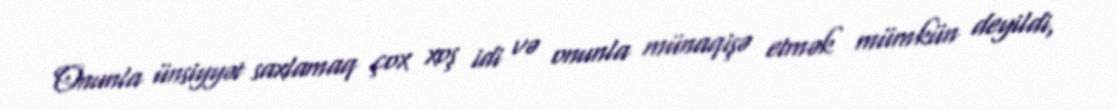
Onunla ünsiyyət saxlamaq çox xoş idi və onunla münaqişə etmək mümkün deyildi,